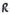
Text: R